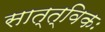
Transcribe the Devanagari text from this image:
सात्त्विकः